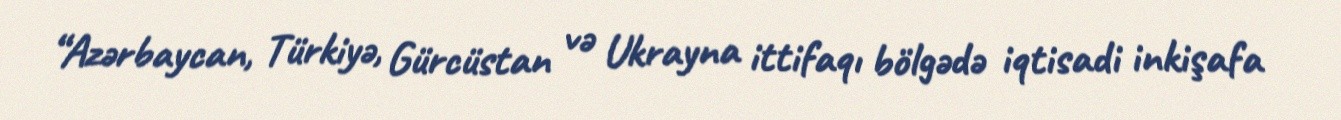
“Azərbaycan, Türkiyə, Gürcüstan və Ukrayna ittifaqı bölgədə iqtisadi inkişafa